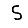
Digit: 5